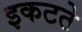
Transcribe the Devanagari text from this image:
इकटठे